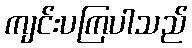
ကျင်းပကြပါသည်